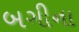
બગીના